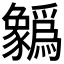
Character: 𲂢